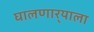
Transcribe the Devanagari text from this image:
घालणार्‍याला